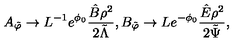
A _ { \tilde { \varphi } } \rightarrow L ^ { - 1 } e ^ { \phi _ { 0 } } \frac { \hat { B } \rho ^ { 2 } } { 2 \tilde { \Lambda } } , B _ { \tilde { \varphi } } \rightarrow L e ^ { - \phi _ { 0 } } \frac { \hat { E } \rho ^ { 2 } } { 2 \tilde { \Psi } } ,